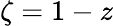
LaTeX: \zeta=1-z